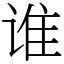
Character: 谁